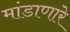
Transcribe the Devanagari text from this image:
मांडाणारे